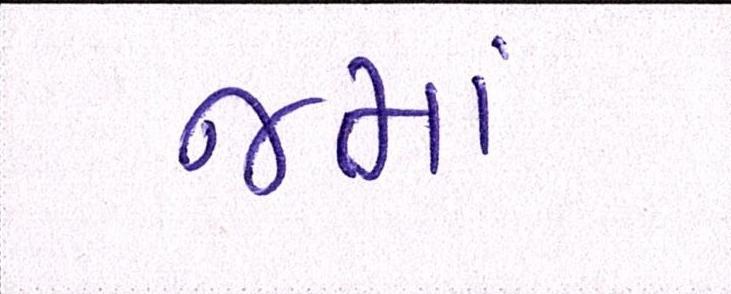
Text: જમાં